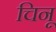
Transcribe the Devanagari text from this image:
चिनू